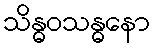
သိန္ဓဝသန္ဓနော